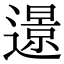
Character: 𨗈